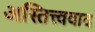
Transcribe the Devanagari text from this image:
अस्तित्त्ववाद